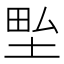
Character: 𭎢